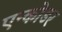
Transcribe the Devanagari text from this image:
एन्कोडर